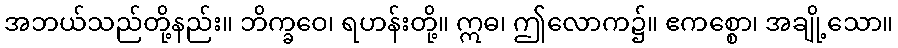
အဘယ်သည်တို့နည်း။ ဘိက္ခဝေ၊ ရဟန်းတို့။ ဣဓ၊ ဤလောက၌။ ဧကစ္စော၊ အချို့သော။